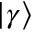
| \gamma \rangle